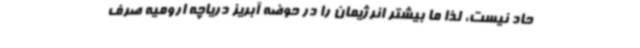
حاد نیست، لذا ما بیشتر انرژیمان را در حوضه آبریز دریاچه ارومیه صرف